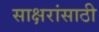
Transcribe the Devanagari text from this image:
साक्षरांसाठी